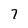
Character: 7